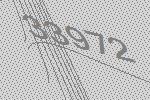
33972